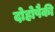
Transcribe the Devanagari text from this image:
दोहोपैकी